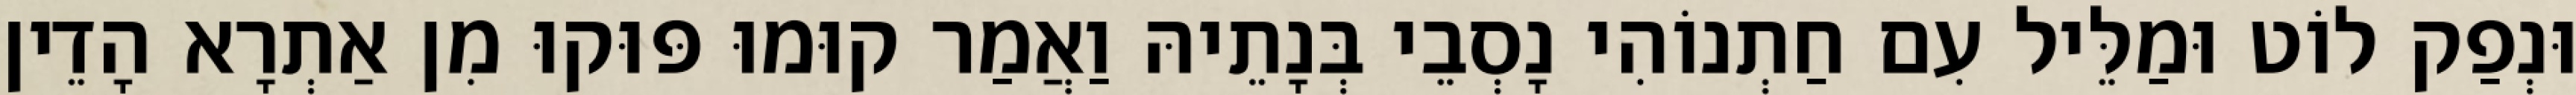
וּנְפַק לוֹט וּמַלֵּיל עִם חַתְנוֹהִי נָסְבֵי בְּנָתֵיהּ וַאֲמַר קוּמוּ פּוּקוּ מִן אַתְרָא הָדֵין